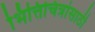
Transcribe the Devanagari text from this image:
भित्तिचित्रांसाठी